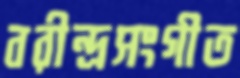
বরীন্দ্রসংগীত